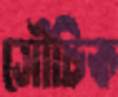
সৌচিক